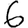
Digit: 6